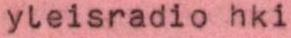
yleisradio hki